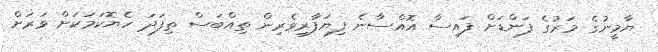
ޔާމީނުގެ މަރުގެ ފަންޑަށް ފައިސާ އޮއްސާނެ ފިޔަފާރިވެރިން ތިއްބަސް ތިފަދަ ހެޔޮކަމަކަށް ވަރަށް